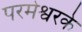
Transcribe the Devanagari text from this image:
परमेश्वरके